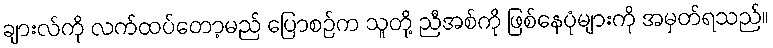
ချားလ်ကို လက်ထပ်တော့မည် ပြောစဉ်က သူတို့ ညီအစ်ကို ဖြစ်နေပုံများကို အမှတ်ရသည်။